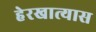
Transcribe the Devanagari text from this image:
हेरखात्यास